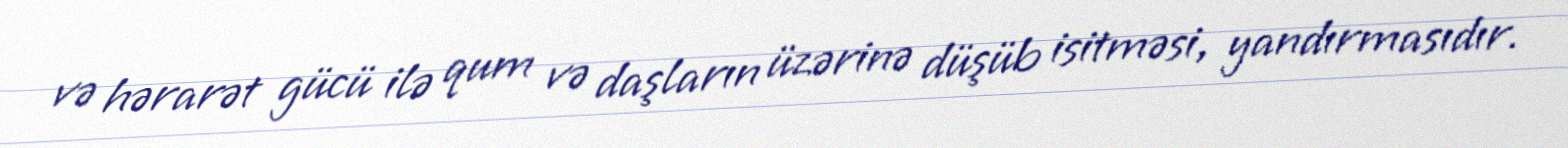
və hərarət gücü ilə qum və daşların üzərinə düşüb isitməsi, yandırmasıdır.